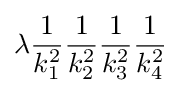
\lambda {\frac {1}{k_{1}^{2}}}{\frac {1}{k_{2}^{2}}}{\frac {1}{k_{3}^{2}}}{\frac {1}{k_{4}^{2}}}